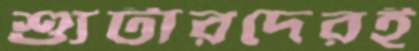
শ্যুটারদেরই